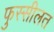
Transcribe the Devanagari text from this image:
फुस्सीलत